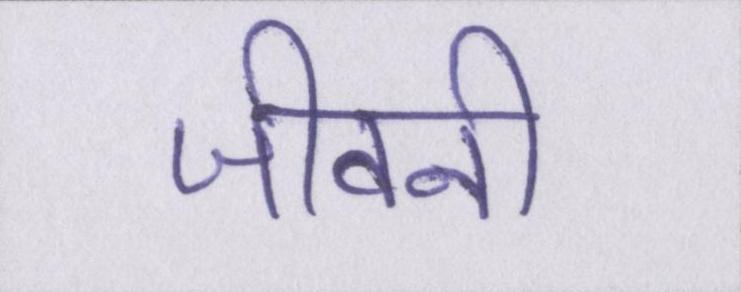
जीवनी